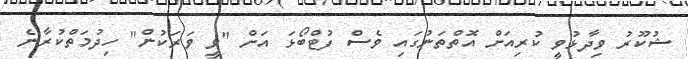
ޝުކޫރު ވިދާޅުވީ ކުރިއަށް އޮތްތަނުގައި ވެސް ފުޓްބޯޅަ އަށް "ވީ ވަރަކުން" ހިދުމަތްކުރާނެ